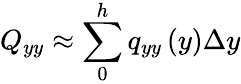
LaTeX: Q_{yy}\approx\sum_{0}^{h}q_{yy}\left(y\right)\Delta y